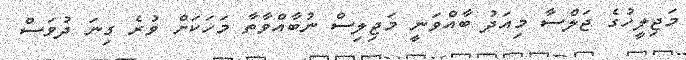
މަޖިލީހުގެ ޖަލްސާ މިއަދު ބާއްވަނީ މަޖިލިސް ނުބާއްވާތާ މަހަކަށް ވުރެ ގިނަ ދުވަސް